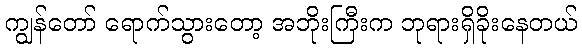
ကျွန်တော် ရောက်သွားတော့ အဘိုးကြီးက ဘုရားရှိခိုးနေတယ်